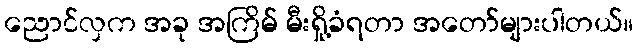
ညောင်လှက အခု အကြိမ် မီးရှို့ခံရတာ အတော်များပါတယ်။